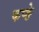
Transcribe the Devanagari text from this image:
कप्ङे